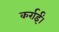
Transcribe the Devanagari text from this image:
कर्राईं।